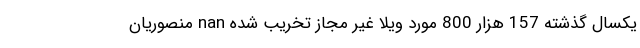
یکسال گذشته 157 هزار 800 مورد ویلا غیر مجاز تخریب شده nan منصوریان